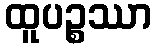
ထူပဉ္စဿာ